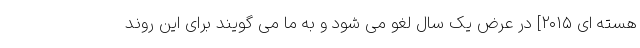
هسته ای ۲۰۱۵] در عرض یک سال لغو می شود و به ما می گویند برای این روند